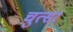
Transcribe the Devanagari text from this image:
चुत्सर